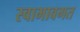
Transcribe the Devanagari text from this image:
स्वाभावगत